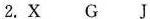
2.X G J